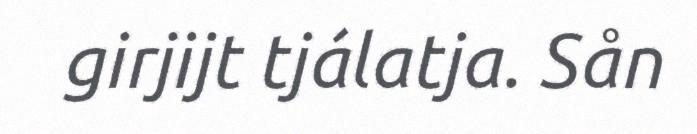
girjijt tjálatja. Sån